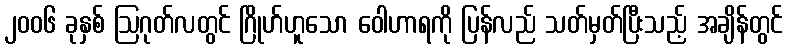
၂၀၀၆ ခုနှစ် ဩဂုတ်လတွင် ဂြိုဟ်ဟူသော ဝေါဟာရကို ပြန်လည် သတ်မှတ်ပြီးသည့် အချိန်တွင်